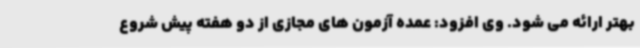
بهتر ارائه می شود. وی افزود: عمده آزمون های مجازی از دو هفته پیش شروع